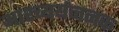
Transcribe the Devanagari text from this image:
आश्च्यर्यजनक